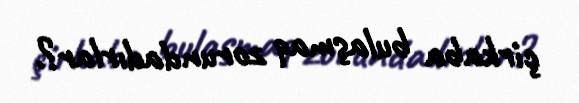
çirkaba bulaşmaq zorundadırlar?.